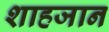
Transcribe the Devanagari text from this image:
शाहजान